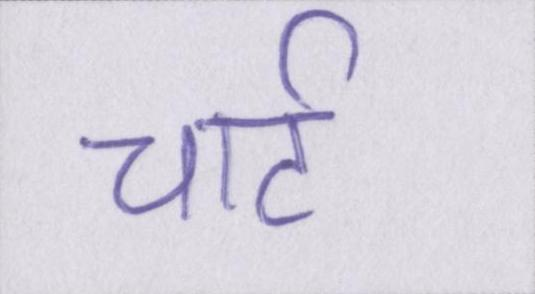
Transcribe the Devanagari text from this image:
चार्ट